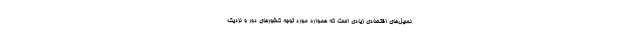
نسیل‌های اقتصادی زیادی است که همواره مورد توجه کشورهای دور و نزدیک